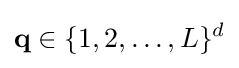
\mathbf {q} \in \{1,2,\ldots ,L\}^{d}